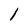
Character: 1